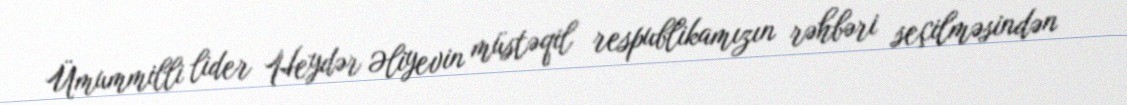
Ümummilli lider Heydər Əliyevin müstəqil respublikamızın rəhbəri seçilməsindən